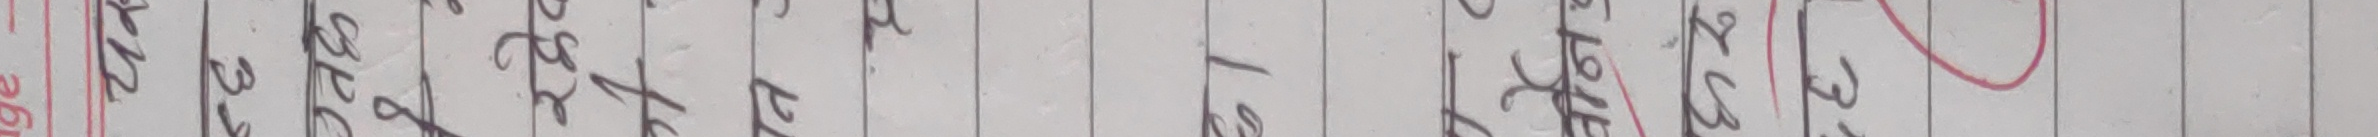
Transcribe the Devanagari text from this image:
२०२३ भोईसरह भयो।